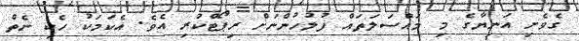
ގެވެށި އަނިޔާގެ މި މައްސަލަތައް ފުލުހުންނަށް ރިޕޯޓްކުރި އެވެ. އެކަމަކު ހެކި ނެތް